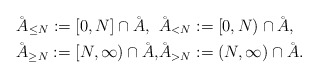
\begin{align*}\AA_{\le N}:= [0, N]\cap\AA,\ \: & \AA_{< N}:= [0, N)\cap\AA,\\\AA_{\ge N}:= [N, \infty)\cap\AA, & \AA_{> N}:= (N, \infty)\cap\AA.\end{align*}